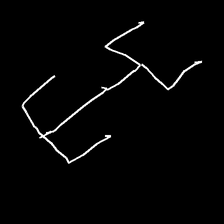
Glyph: entwine